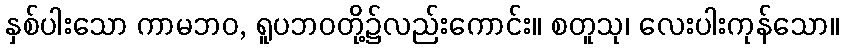
နှစ်ပါးသော ကာမဘဝ, ရူပဘဝတို့၌လည်းကောင်း။ စတူသု၊ လေးပါးကုန်သော။